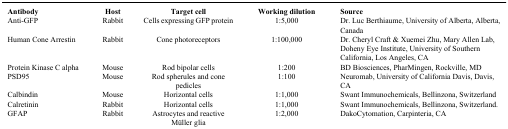
<table><thead><tr><td><b>Antibody</b></td><td><b>Host</b></td><td><b>Target cell</b></td><td><b>Working dilution</b></td><td><b>Source</b></td></tr></thead><tbody><tr><td>Anti-GFP</td><td>Rabbit</td><td>Cells expressing GFP protein</td><td>1:5,000</td><td>Dr. Luc Berthiaume, University of Alberta, Alberta, Canada</td></tr><tr><td>Human Cone Arrestin</td><td>Rabbit</td><td>Cone photoreceptors</td><td>1:100,000</td><td>Dr. Cheryl Craft &amp; Xuemei Zhu, Mary Allen Lab, Doheny Eye Institute, University of Southern California, Los Angeles, CA</td></tr><tr><td>Protein Kinase C alpha</td><td>Mouse</td><td>Rod bipolar cells</td><td>1:200</td><td>BD Biosciences, PharMingen, Rockville, MD</td></tr><tr><td>PSD95</td><td>Mouse</td><td>Rod spherules and cone pedicles</td><td>1:100</td><td>Neuromab, University of California Davis, Davis, CA</td></tr><tr><td>Calbindin</td><td>Mouse</td><td>Horizontal cells</td><td>1:1,000</td><td>Swant Immunochemicals, Bellinzona, Switzerland</td></tr><tr><td>Calretinin</td><td>Rabbit</td><td>Horizontal cells</td><td>1:1,000</td><td>Swant Immunochemicals, Bellinzona, Switzerland.</td></tr><tr><td>GFAP</td><td>Rabbit</td><td>Astrocytes and reactive Müller glia</td><td>1:2,000</td><td>DakoCytomation, Carpinteria, CA</td></tr></tbody></table>